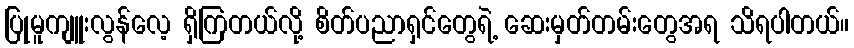
ပြုမူကျူးလွန်လေ့ ရှိကြတယ်လို့ စိတ်ပညာရှင်တွေရဲ့ ဆေးမှတ်တမ်းတွေအရ သိရပါတယ်။